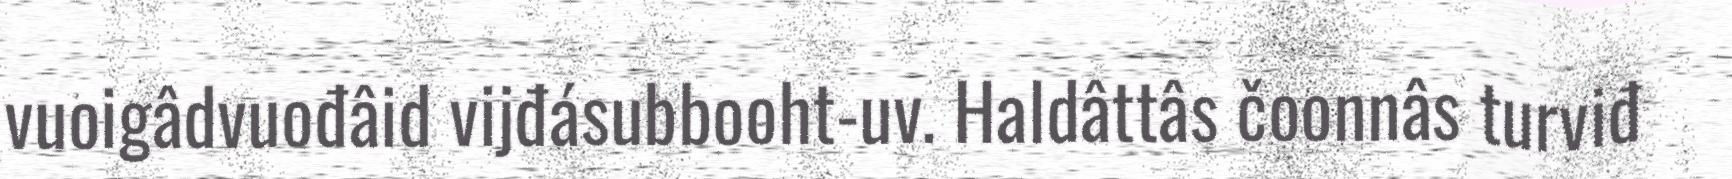
vuoigâdvuođâid vijđásubbooht-uv. Haldâttâs čoonnâs turviđ